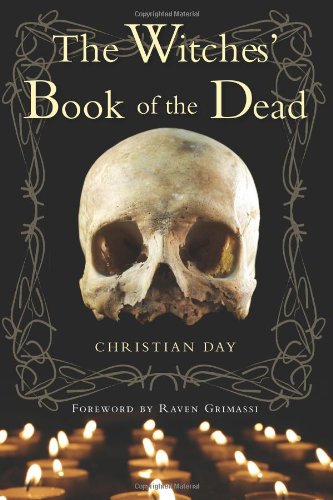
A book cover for The Witches' Book of the Dead; Christian Day; Religion & Spirituality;